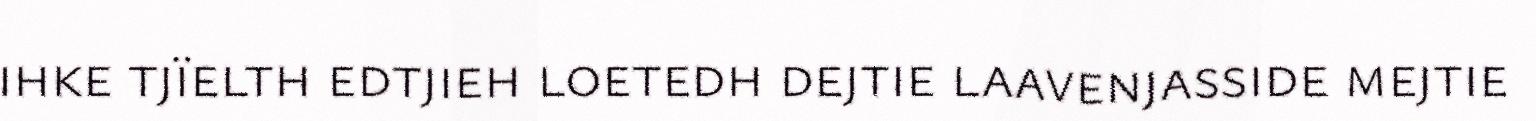
ihke tjïelth edtjieh loetedh dejtie laavenjasside mejtie